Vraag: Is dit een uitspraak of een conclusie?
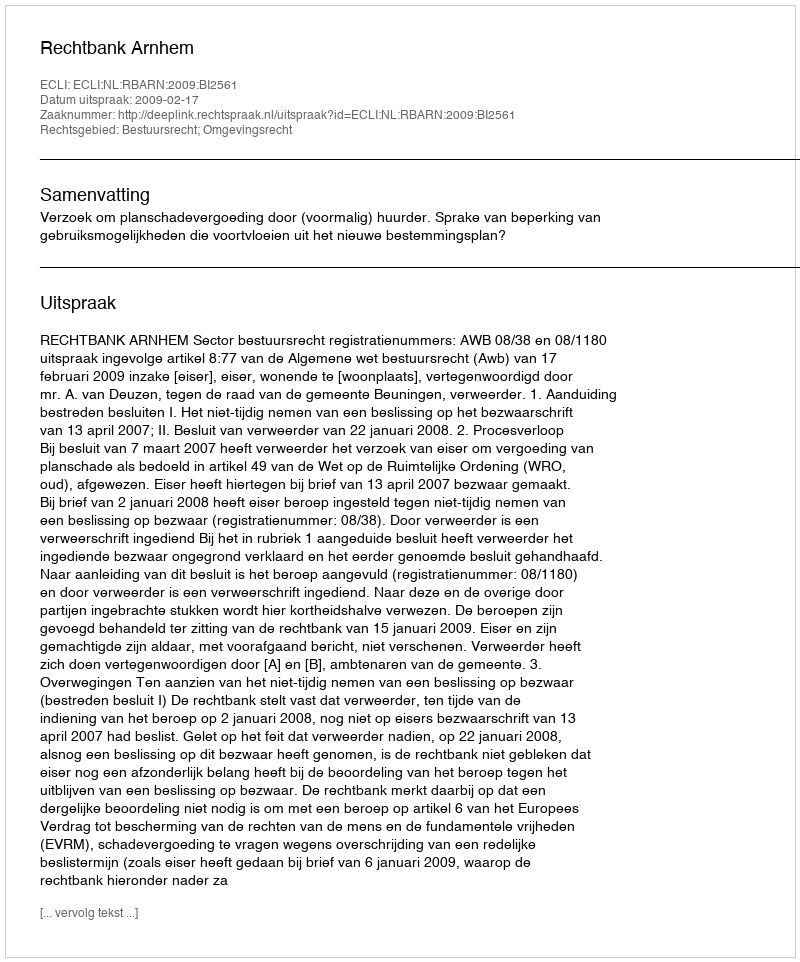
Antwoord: Uitspraak